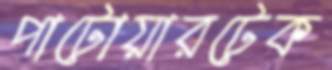
পাটোয়ারটেক